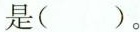
是( )。